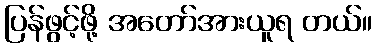
ပြန်ဖွင့်ဖို့ အတော်အားယူရ တယ်။